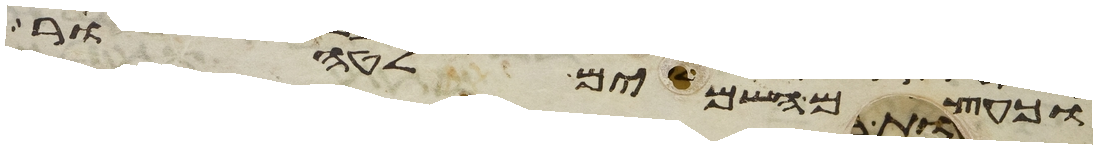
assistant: וכעצם השמים לטהור